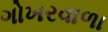
ગોખરવાળા